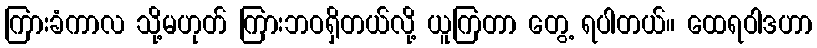
ကြားခံကာလ သို့မဟုတ် ကြားဘဝရှိတယ်လို့ ယူကြတာ တွေ့ ရပါတယ်။ ထေရဝါဒဟာ